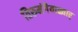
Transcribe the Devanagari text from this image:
तिरुमंगैयाळ्वार्